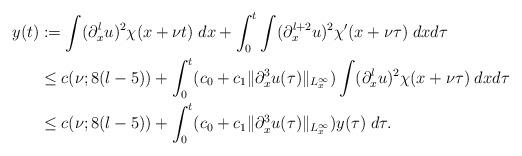
LaTeX: \begin{align*}y(t)&:= \int (\partial_x^lu)^2\chi(x+\nu t) \; dx+ \int_0^t\int (\partial_x^{l+2}u)^2 \chi'(x+\nu\tau) \; dxd\tau \\&\leq c(\nu;8(l-5)) + \int_0^t(c_0+c_1\|\partial_x^3u(\tau)\|_{L_x^\infty})\int(\partial_x^lu)^2\chi(x+\nu\tau) \; dxd\tau \\&\leq c(\nu;8(l-5)) + \int_0^t(c_0+c_1\|\partial_x^3u(\tau)\|_{L_x^\infty})y(\tau)\;d\tau.\end{align*}